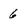
Character: 6